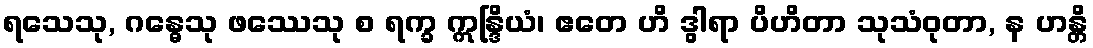
ရသေသု, ဂန္ဓေသု ဖဿေသု စ ရက္ခ ဣန္ဒြိယံ၊ ဧတေ ဟိ ဒွါရာ ပိဟိတာ သုသံဝုတာ, န ဟန္တိ